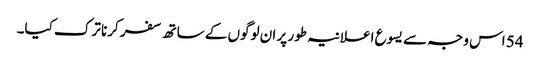
54 اس وجہ سے یسوع اعلانیہ طور پر ان لوگوں کے ساتھ سفر کرنا ترک کیا۔